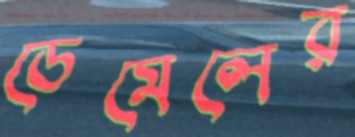
ডেমেলের